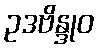
ဥဒဗိန္ဒုဝ